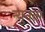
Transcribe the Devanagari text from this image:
न्युनत्म